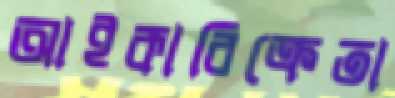
আইকাবিক্রেতা